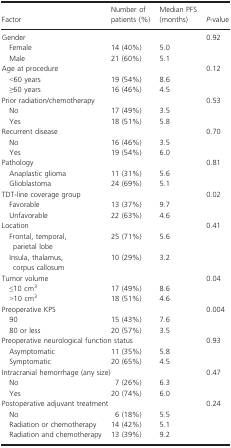
<table><thead><tr><td><b>Factor</b></td><td><b>Number of patients (%)</b></td><td><b>Median PFS (months)</b></td><td><b><i>P</i>-value</b></td></tr></thead><tbody><tr><td colspan="3">Gender</td><td rowspan="3">0.92</td></tr><tr><td> Female</td><td>14 (40%)</td><td>5.0</td></tr><tr><td> Male</td><td>21 (60%)</td><td>5.1</td></tr><tr><td colspan="3">Age at procedure</td><td rowspan="3">0.12</td></tr><tr><td> &lt;60 years</td><td>19 (54%)</td><td>8.6</td></tr><tr><td> ≥60 years</td><td>16 (46%)</td><td>4.5</td></tr><tr><td colspan="3">Prior radiation/chemotherapy</td><td rowspan="3">0.53</td></tr><tr><td> No</td><td>17 (49%)</td><td>3.5</td></tr><tr><td> Yes</td><td>18 (51%)</td><td>5.8</td></tr><tr><td colspan="3">Recurrent disease</td><td rowspan="3">0.70</td></tr><tr><td> No</td><td>16 (46%)</td><td>3.5</td></tr><tr><td> Yes</td><td>19 (54%)</td><td>6.0</td></tr><tr><td colspan="3">Pathology</td><td rowspan="3">0.81</td></tr><tr><td> Anaplastic glioma</td><td>11 (31%)</td><td>5.6</td></tr><tr><td> Glioblastoma</td><td>24 (69%)</td><td>5.1</td></tr><tr><td colspan="3">TDT-line coverage group</td><td rowspan="3">0.02</td></tr><tr><td> Favorable</td><td>13 (37%)</td><td>9.7</td></tr><tr><td> Unfavorable</td><td>22 (63%)</td><td>4.6</td></tr><tr><td colspan="3">Location</td><td rowspan="3">0.41</td></tr><tr><td> Frontal, temporal, parietal lobe</td><td>25 (71%)</td><td>5.6</td></tr><tr><td> Insula, thalamus, corpus callosum</td><td>10 (29%)</td><td>3.2</td></tr><tr><td colspan="3">Tumor volume</td><td rowspan="3">0.04</td></tr><tr><td> ≤10 cm<sup>3</sup></td><td>17 (49%)</td><td>8.6</td></tr><tr><td> &gt;10 cm<sup>3</sup></td><td>18 (51%)</td><td>4.6</td></tr><tr><td colspan="3">Preoperative KPS</td><td rowspan="3">0.004</td></tr><tr><td> 90</td><td>15 (43%)</td><td>7.6</td></tr><tr><td> 80 or less</td><td>20 (57%)</td><td>3.5</td></tr><tr><td colspan="3">Preoperative neurological function status</td><td rowspan="3">0.93</td></tr><tr><td> Asymptomatic</td><td>11 (35%)</td><td>5.8</td></tr><tr><td> Symptomatic</td><td>20 (65%)</td><td>4.5</td></tr><tr><td colspan="3">Intracranial hemorrhage (any size)</td><td rowspan="3">0.47</td></tr><tr><td> No</td><td>7 (26%)</td><td>6.3</td></tr><tr><td> Yes</td><td>20 (74%)</td><td>6.0</td></tr><tr><td colspan="3">Postoperative adjuvant treatment</td><td rowspan="4">0.24</td></tr><tr><td> No</td><td>6 (18%)</td><td>5.5</td></tr><tr><td> Radiation or chemotherapy</td><td>14 (42%)</td><td>5.1</td></tr><tr><td> Radiation and chemotherapy</td><td>13 (39%)</td><td>9.2</td></tr></tbody></table>